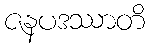
ဇနပဒဿာတိ